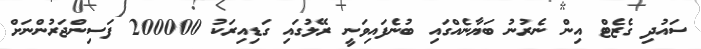
ސައުދި ގެޒެޓް އިން ނެރުނު ބަޔާނެއްގައި ބުނެފައިވަނީ ރޭލުގައި ގަޑިއިރަކު 200000 ފަސިންޖަރުންނަށް